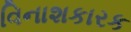
વિનાશકારક